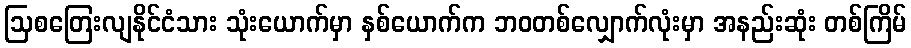
ဩစတြေးလျနိုင်ငံသား သုံးယောက်မှာ နှစ်ယောက်က ဘဝတစ်လျှောက်လုံးမှာ အနည်းဆုံး တစ်ကြိမ်